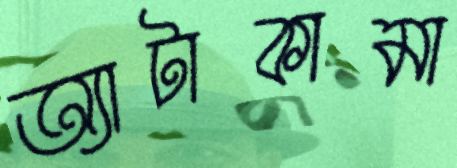
অ্যাটাকামা